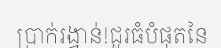
ប្រាក់រង្វាន់!ជួរធំបំផុតនៃ